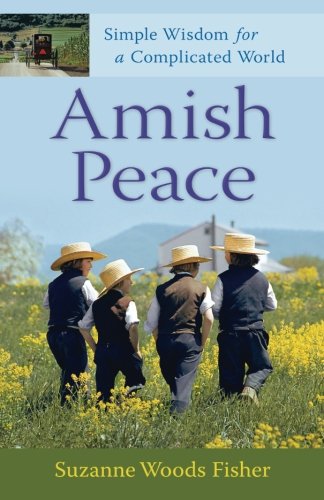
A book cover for Amish Peace: Simple Wisdom for a Complicated World; Suzanne Woods Fisher; Christian Books & Bibles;